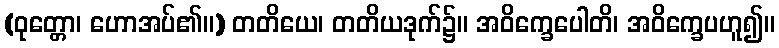
(ဝုတ္တော၊ ဟောအပ်၏။) တတိယေ၊ တတိယဒုက်၌။ အဝိက္ခေပေါတိ၊ အဝိက္ခေပဟူ၍။